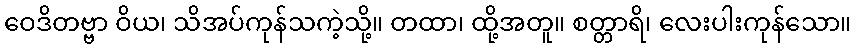
ဝေဒိတဗ္ဗာ ဝိယ၊ သိအပ်ကုန်သကဲ့သို့။ တထာ၊ ထို့အတူ။ စတ္တာရိ၊ လေးပါးကုန်သော။